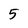
Character: 5